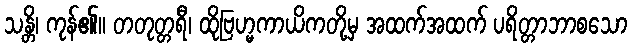
သန္တိ၊ ကုန်၏။ တတုတ္တရီ၊ ထိုဗြဟ္မကာယိကတို့မှ အထက်အထက် ပရိတ္တာဘာစသော